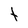
Character: t